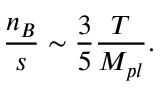
{ \frac { n _ { B } } { s } } \sim { \frac { 3 } { 5 } } { \frac { T } { M _ { p l } } } .